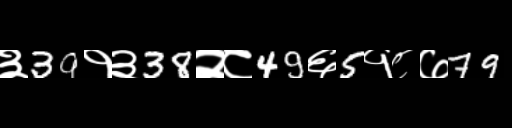
Text: ३39१३38२८49६5१८७79